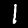
Label: 1